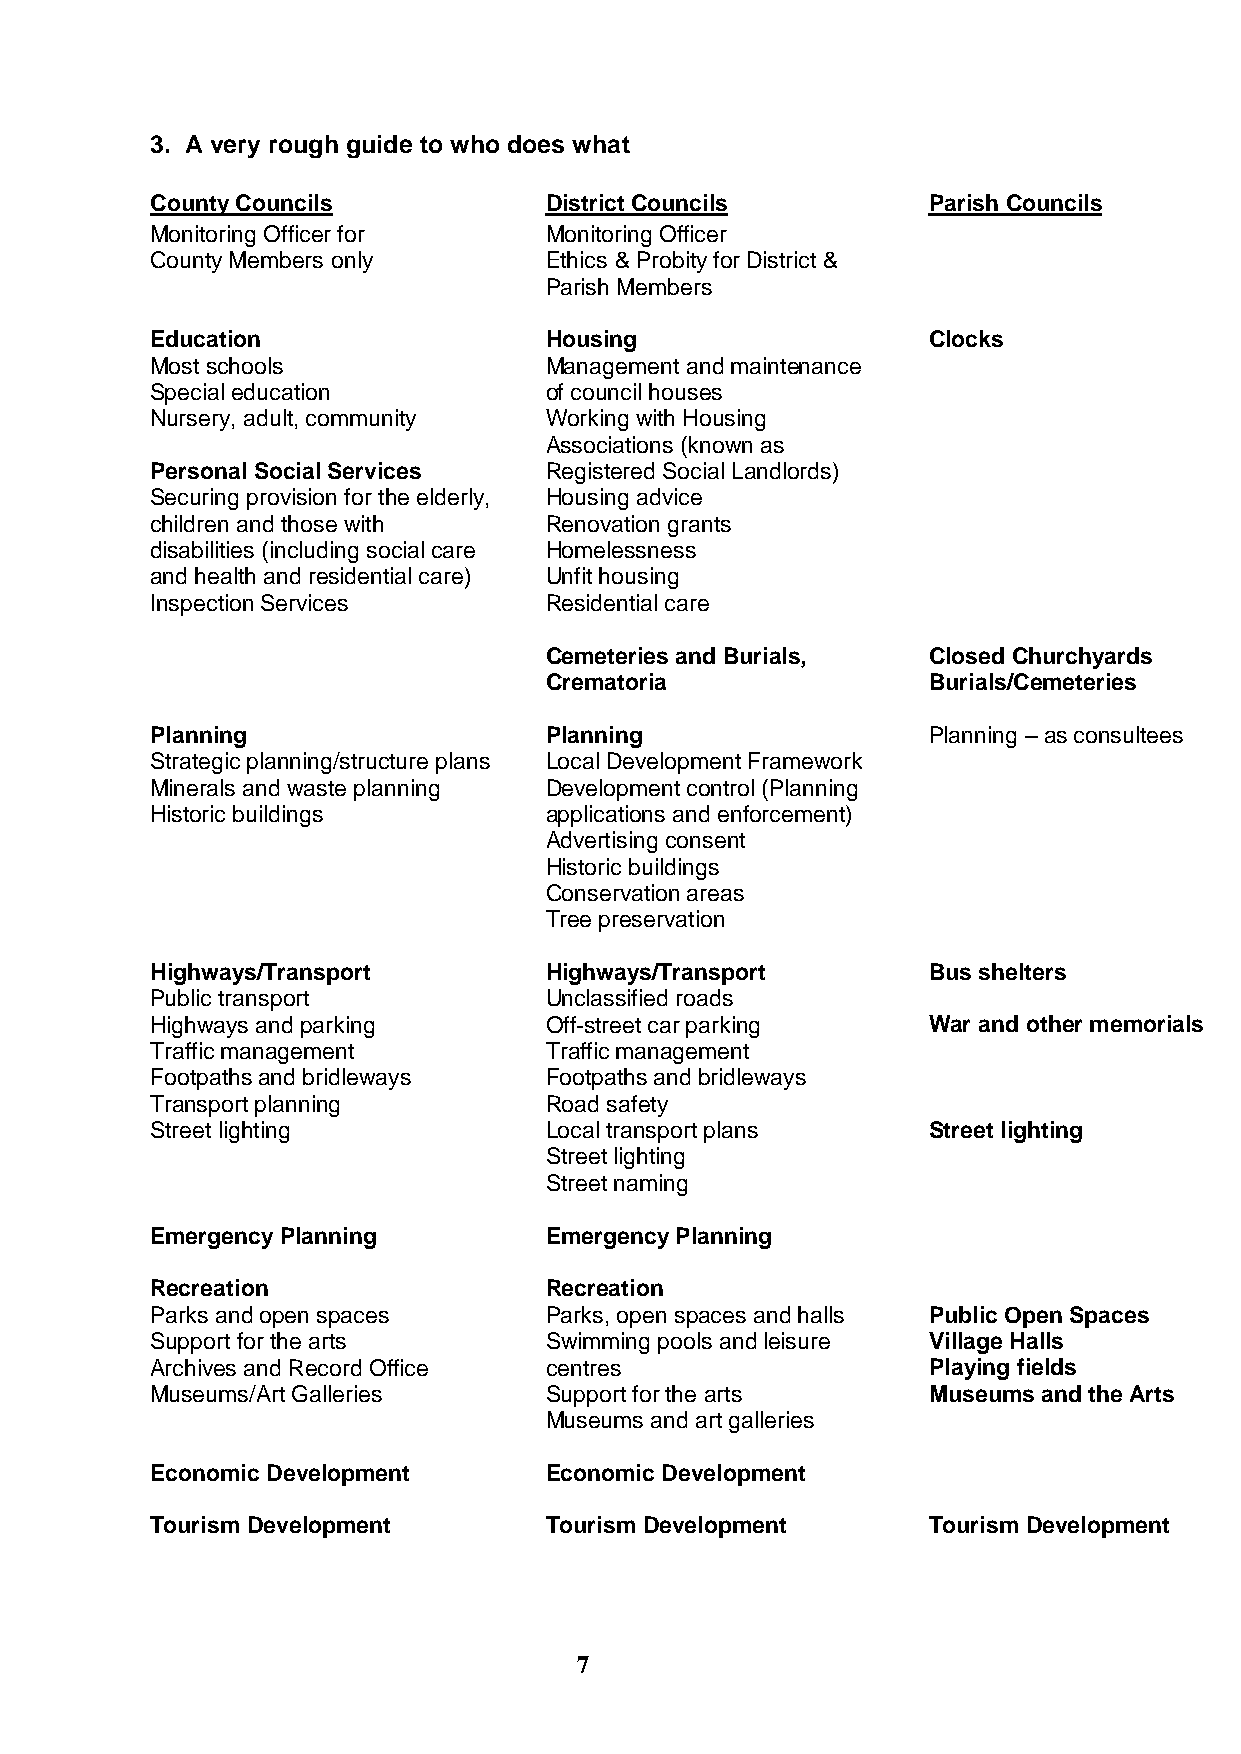
3. A very rough guide to who does what
 County Councils           District Councils        Parish Councils
 Monitoring Officer for    Monitoring Officer
 County Members only       Ethics & Probity for District &
 Parish Members
 Education                 Housing                  Clocks
 Most schools              Management and maintenance
 Special education         of council houses
 Nursery, adult, community Working with Housing
 Associations (known as
 Personal Social Services  Registered Social Landlords)
 Securing provision for the elderly, Housing advice
 children and those with   Renovation grants
 disabilities (including social care Homelessness
 and health and residential care) Unfit housing
 Inspection Services       Residential care
 Cemeteries and Burials,  Closed Churchyards
 Crematoria               Burials/Cemeteries
 Planning                  Planning                 Planning – as consultees
 Strategic planning/structure plans Local Development Framework
 Minerals and waste planning Development control (Planning
 Historic buildings        applications and enforcement)
 Advertising consent
 Historic buildings
 Conservation areas
 Tree preservation
 Highways/Transport        Highways/Transport       Bus shelters
 Public transport          Unclassified roads
 Highways and parking      Off-street car parking   War and other memorials
 Traffic management        Traffic management
 Footpaths and bridleways  Footpaths and bridleways
 Transport planning        Road safety
 Street lighting           Local transport plans    Street lighting
 Street lighting
 Street naming
 Emergency Planning        Emergency Planning
 Recreation                Recreation
 Parks and open spaces     Parks, open spaces and halls Public Open Spaces
 Support for the arts      Swimming pools and leisure Village Halls
 Archives and Record Office centres                 Playing fields
 Museums/Art Galleries     Support for the arts     Museums and the Arts
 Museums and art galleries
 Economic Development      Economic Development
 Tourism Development       Tourism Development      Tourism Development
 7